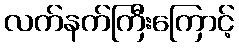
လက်နက်ကြီးကြောင့်